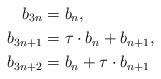
LaTeX: \begin{align*}b_{3n}&=b_n,\\b_{3n+1}&=\tau\cdot b_n+b_{n+1},\\b_{3n+2}&=b_n+\tau \cdot b_{n+1}\end{align*}